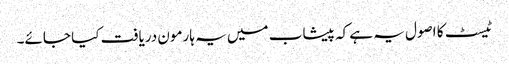
ٹیسٹ کا اصول یہ ہے کہ پیشاب میں یہ ہارمون دریافت کیا جائے۔